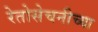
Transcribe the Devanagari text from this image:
रेतोसेचनीच्या